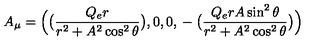
A _ { \mu } = \Bigl ( \bigl ( { \frac { Q _ { e } r } { r ^ { 2 } + A ^ { 2 } \cos ^ { 2 } \theta } } \bigr ) , 0 , 0 , { } - \bigl ( { \frac { Q _ { e } r A \sin ^ { 2 } \theta } { r ^ { 2 } + A ^ { 2 } \cos ^ { 2 } \theta } } \bigr ) \Bigr )